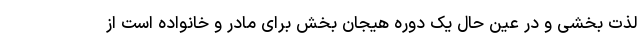
لذت بخشی و در عین حال یک دوره هیجان بخش برای مادر و خانواده است از